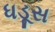
ધડૂસ